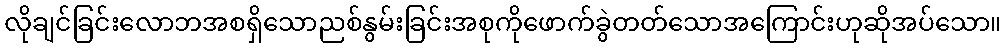
လိုချင်ခြင်းလောဘအစရှိသောညစ်နွမ်းခြင်းအစုကိုဖောက်ခွဲတတ်သောအကြောင်းဟုဆိုအပ်သော။